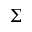
\Sigma